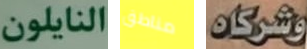
النايلون مناطق وشركاه